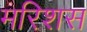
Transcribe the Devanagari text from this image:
मरिशस